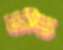
টিজ